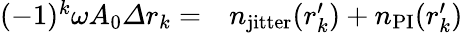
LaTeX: \begin{array}{rl}{(-1)^{k}\omega A_{0}\varDelta r_{k}=}&{{}n_{\mathrm{jitter}}(r_{k}^{\prime})+n_{\mathrm{PI}}(r_{k}^{\prime})}\end{array}